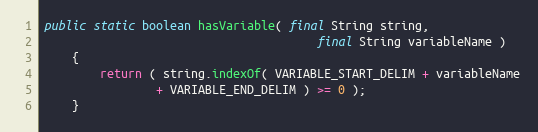
Language: Java
public static boolean hasVariable( final String string,
                                       final String variableName )
    {
        return ( string.indexOf( VARIABLE_START_DELIM + variableName
                + VARIABLE_END_DELIM ) >= 0 );
    }